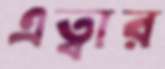
এত্বার